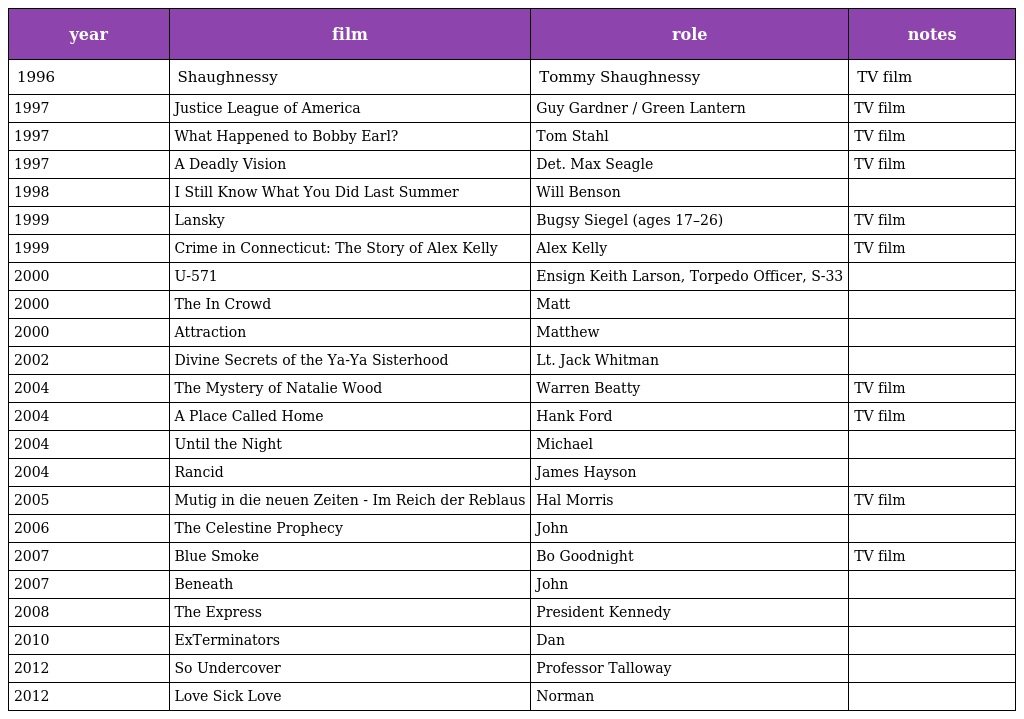
| year | film | role | notes |
 | --- | --- | --- | --- |
 | 1996 | Shaughnessy | Tommy Shaughnessy | TV film |
 | 1997 | Justice League of America | Guy Gardner / Green Lantern | TV film |
 | 1997 | What Happened to Bobby Earl? | Tom Stahl | TV film |
 | 1997 | A Deadly Vision | Det. Max Seagle | TV film |
 | 1998 | I Still Know What You Did Last Summer | Will Benson |  |
 | 1999 | Lansky | Bugsy Siegel (ages 17–26) | TV film |
 | 1999 | Crime in Connecticut: The Story of Alex Kelly | Alex Kelly | TV film |
 | 2000 | U-571 | Ensign Keith Larson, Torpedo Officer, S-33 |  |
 | 2000 | The In Crowd | Matt |  |
 | 2000 | Attraction | Matthew |  |
 | 2002 | Divine Secrets of the Ya-Ya Sisterhood | Lt. Jack Whitman |  |
 | 2004 | The Mystery of Natalie Wood | Warren Beatty | TV film |
 | 2004 | A Place Called Home | Hank Ford | TV film |
 | 2004 | Until the Night | Michael |  |
 | 2004 | Rancid | James Hayson |  |
 | 2005 | Mutig in die neuen Zeiten - Im Reich der Reblaus | Hal Morris | TV film |
 | 2006 | The Celestine Prophecy | John |  |
 | 2007 | Blue Smoke | Bo Goodnight | TV film |
 | 2007 | Beneath | John |  |
 | 2008 | The Express | President Kennedy |  |
 | 2010 | ExTerminators | Dan |  |
 | 2012 | So Undercover | Professor Talloway |  |
 | 2012 | Love Sick Love | Norman |  |